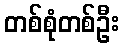
တစ်စုံတစ်ဦး